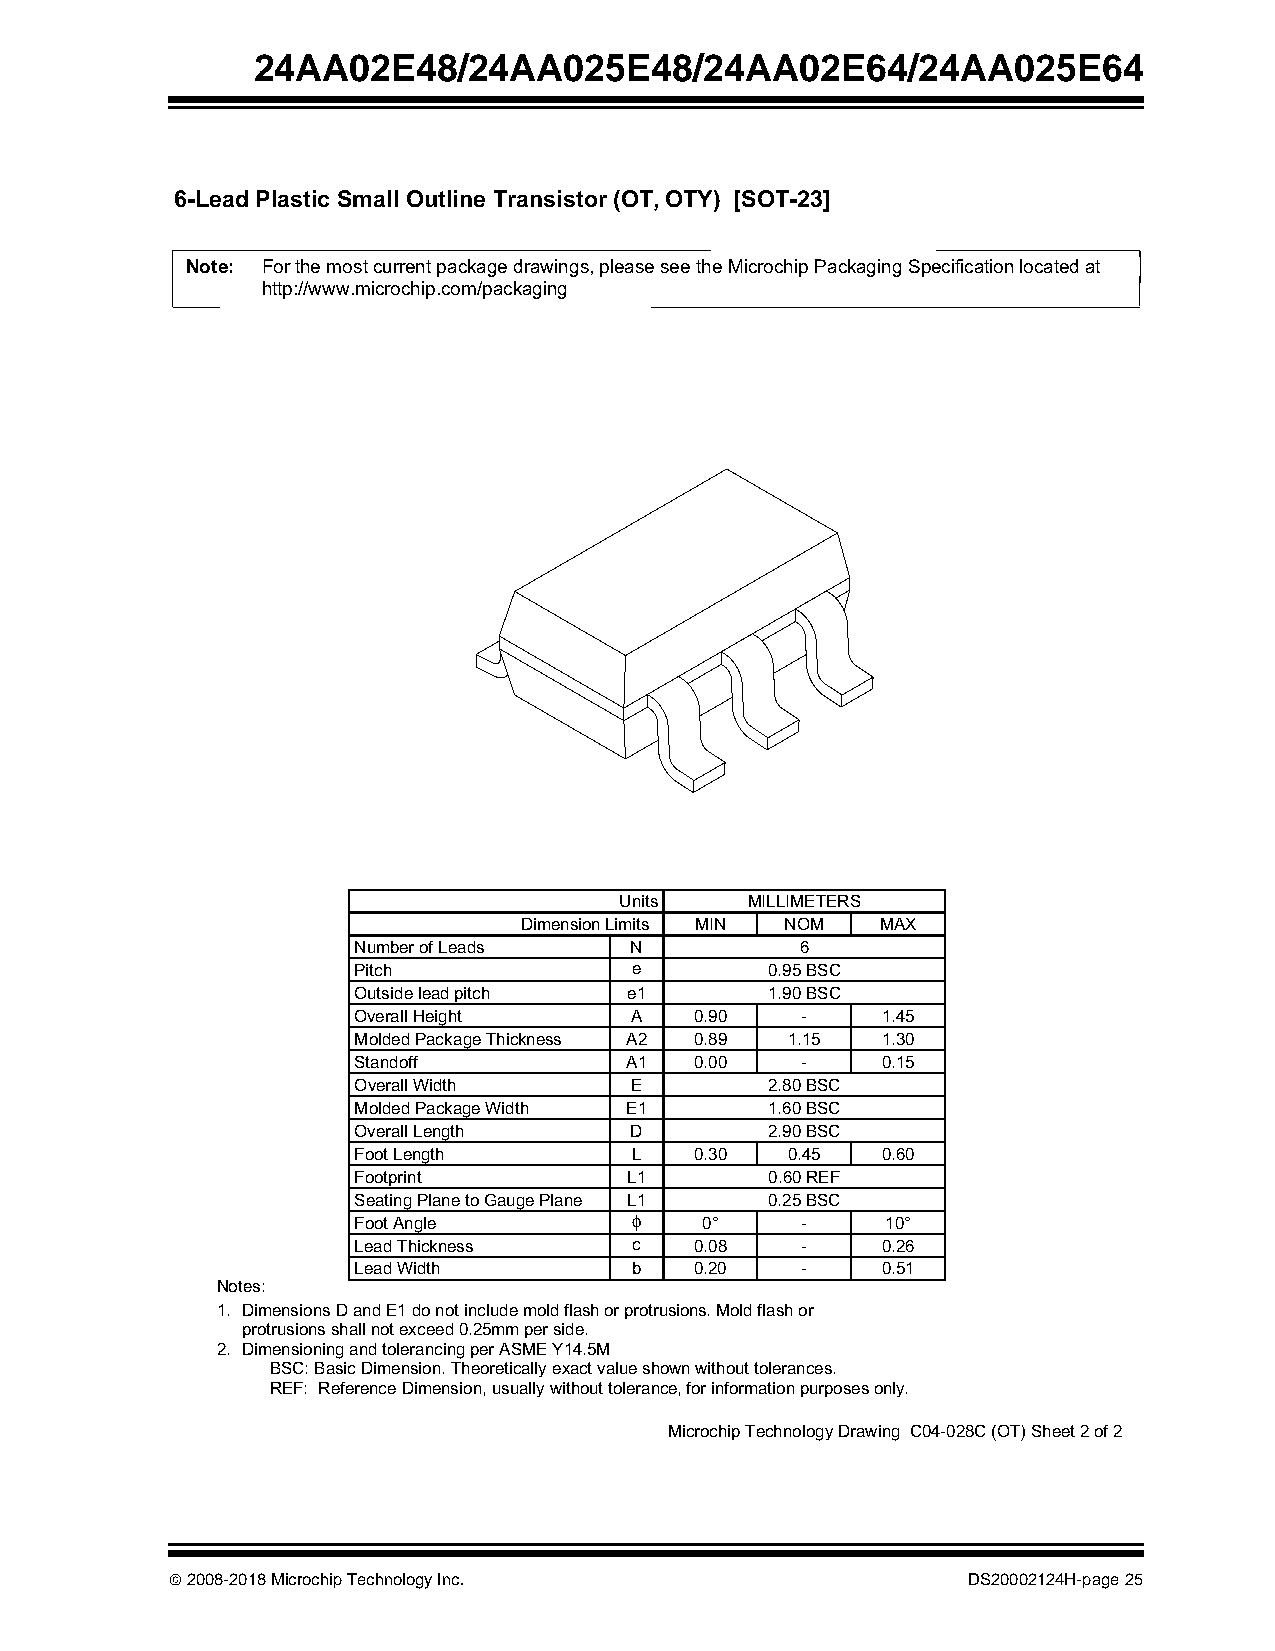
24AA02E48/24AA025E48/24AA02E64/24AA025E64
 6-Lead Plastic Small Outline Transistor (OT, OTY) [SOT-23]
 Note: For the most current package drawings, please see the Microchip Packaging Specification located at
 http://www.microchip.com/packaging
 Units   MILLIMETERS
 Dimension Limits MIN NOM MAX
 Number of Leads    N          6
 Pitch              e        0.95 BSC
 Outside lead pitch e1       1.90 BSC
 Overall Height     A   0.90   -    1.45
 Molded Package Thickness A2 0.89 1.15 1.30
 Standoff          A1   0.00   -    0.15
 Overall Width      E        2.80 BSC
 Molded Package Width E1     1.60 BSC
 Overall Length     D        2.90 BSC
 Foot Length        L   0.30  0.45  0.60
 Footprint          L1       0.60 REF
 Seating Plane to Gauge Plane L1 0.25 BSC
 φ
 Foot Angle             0°     -     10°
 Lead Thickness     c   0.08   -    0.26
 Lead Width         b   0.20   -    0.51
 Notes:
 1. Dimensions D and E1 do not include mold flash or protrusions. Mold flash or
 protrusions shall not exceed 0.25mm per side.
 2. Dimensioning and tolerancing per ASME Y14.5M
 BSC: Basic Dimension. Theoretically exact value shown without tolerances.
 REF: Reference Dimension, usually without tolerance, for information purposes only.
 Microchip Technology Drawing C04-028C (OT) Sheet 2 of 2
  2008-2018 Microchip Technology Inc.                DS20002124H-page 25